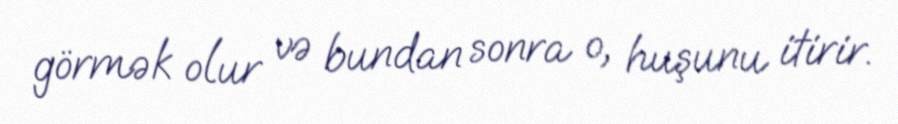
görmək olur və bundan sonra o, huşunu itirir.